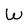
Character: W